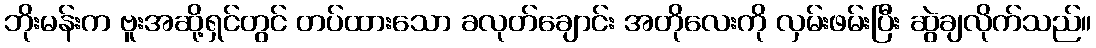
ဘိုးမန်းက ဗူးအဆို့ရှင်တွင် တပ်ထားသော ခလုတ်ချောင်း အတိုလေးကို လှမ်းဖမ်းပြီး ဆွဲချလိုက်သည်။